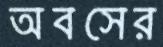
অবসের